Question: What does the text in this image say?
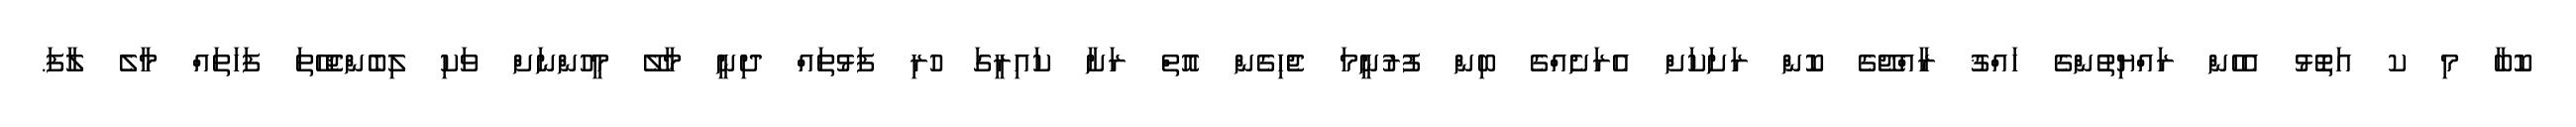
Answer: ކޮބާ މި ކ އަތޮޅު އެހެން ރައްޔިތުންގެ ހައްޤު ރާއްޖޭގެ ކޮން ރަށަކަށް އެރަށެއްގެ ބިން ފުރުނީމަ ޖެހިގެން އޮތް ރަށާ ކައިރީގަ ހުރި ފަޅުތައް ދިނީ މާލޭ މީހުންނަށް ވަކި ލިބެންޖެހޭތަ ފަހަތައް މާލެ ލާފަ.